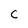
Character: C